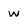
Character: w